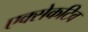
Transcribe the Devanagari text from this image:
एक्सेकटिव